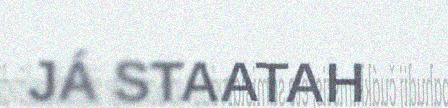
JÁ STAATAH